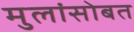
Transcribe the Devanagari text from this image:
मुलांसोबत